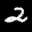
Label: 2